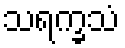
သရက္ခသံ